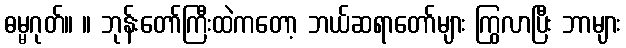
ဓမ္မဂုတ်။ ။ ဘုန်းတော်ကြီးထဲကတော့ ဘယ်ဆရာတော်များ ကြွလာပြီး ဘာများ